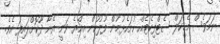
ނަމަވެސް މެޑިކަލް ސެޓްފިކެޓެއް ހުށަހެޅުމުން ފުލުހުން އިއްޔެ ވަނީ އޭނާ ދޫކޮށްލައިފަ އެވެ.